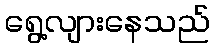
ရွေ့လျားနေသည်